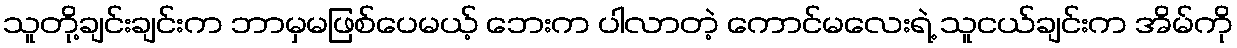
သူတို့ချင်းချင်းက ဘာမှမဖြစ်ပေမယ့် ဘေးက ပါလာတဲ့ ကောင်မလေးရဲ့ သူငယ်ချင်းက အိမ်ကို